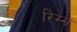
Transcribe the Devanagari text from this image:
रिम्स